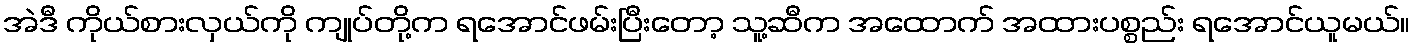
အဲဒီ ကိုယ်စားလှယ်ကို ကျုပ်တို့က ရအောင်ဖမ်းပြီးတော့ သူ့ဆီက အထောက် အထားပစ္စည်း ရအောင်ယူမယ်။